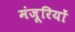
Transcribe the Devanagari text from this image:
मंजूरियों